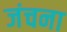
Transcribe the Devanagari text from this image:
जंचना